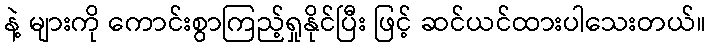
နဲ့ များကို ကောင်းစွာကြည့်ရှုနိုင်ပြီး ဖြင့် ဆင်ယင်ထားပါသေးတယ်။